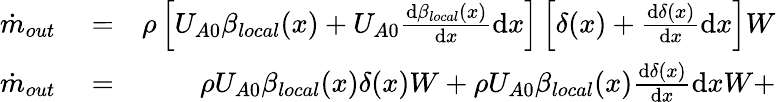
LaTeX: \begin{array}{rlr}{\dot{m}_{out}}&{{}=}&{\rho\left[U_{A0}\beta_{local}(x)+U_{A0}\frac{\mathrm{d}\beta_{local}(x)}{\mathrm{d}x}\mathrm{d}x\right]\left[\delta(x)+\frac{\mathrm{d}\delta(x)}{\mathrm{d}x}\mathrm{d}x\right]W}\\ {\dot{m}_{out}}&{{}=}&{\rho U_{A0}\beta_{local}(x)\delta(x)W+\rho U_{A0}\beta_{local}(x)\frac{\mathrm{d}\delta(x)}{\mathrm{d}x}\mathrm{d}xW+}\end{array}